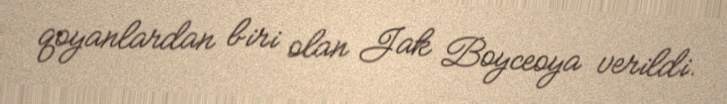
qoyanlardan biri olan Jak Boyceoya verildi.